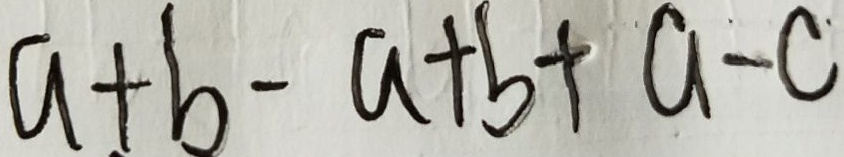
a + b - a + b + a - c